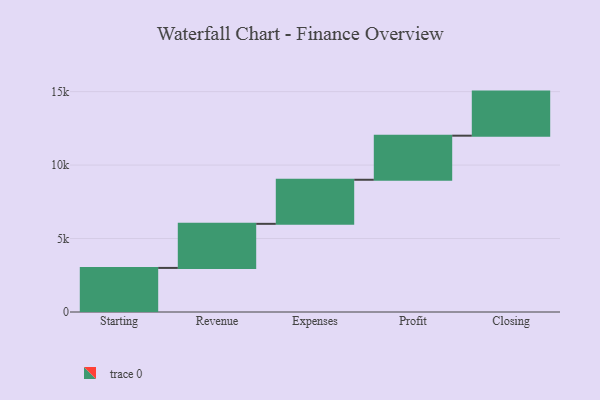
{"axis": {"x": "Step", "y": "Value"}, "legend": [""], "data": [{"x": "Starting", "y": 3000, "type": ""}, {"x": "Revenue", "y": 3000, "type": ""}, {"x": "Expenses", "y": 3000, "type": ""}, {"x": "Profit", "y": 3000, "type": ""}, {"x": "Closing", "y": 3000, "type": ""}]}